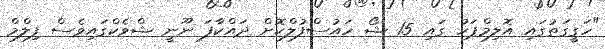
"ހަގީގަތުގައި އޮލިމްޕަހު ގައި 15 ޝޯ ހައުސްފުލްކޮށް ދައްކާފަ ނޫނީ ޝްވެކްގައިވެސް ފިލްމް